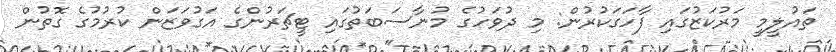
ތައުލީމީ މަރުކަޒުގައި ފާހަގަކުރުން: މި ދުވަހުގެ މުނާސަބަތުގައި ޓީޗަރުންގެ އަގުވަޒަން ކުރުމުގެ ގޮތުން